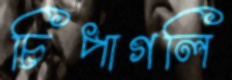
চিপাগলি